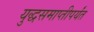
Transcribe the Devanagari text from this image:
युद्धसमाप्तीपर्यंत